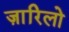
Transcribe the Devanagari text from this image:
ज़ारिलो